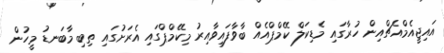
އައިޖީއެމްއެޗްއިން ހުރާގައި މެޑިކަލް ކޭމްޕްއެއް ބާވާފައިވާއިރު މިކޭމްޕްގައި އެރަށުގައި ތިބި މާބަނޑު މީހުން